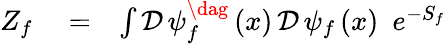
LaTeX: \begin{array}{rlr}{Z_{f}}&{{}=}&{\int\mathcal{D}\, \psi_{f}^{\dag}\left(x\right)\, \mathcal{D}\, \psi_{f}\left(x\right)\, \, \, e^{-S_{f}}}\end{array}